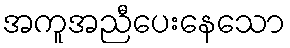
အကူအညီပေးနေသော